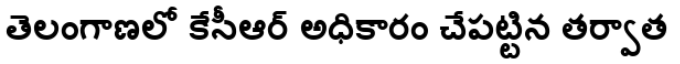
తెలంగాణలో కేసీఆర్ అధికారం చేపట్టిన తర్వాత